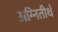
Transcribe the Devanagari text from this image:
अग्‍नितीर्थ